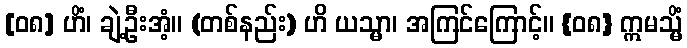
[၀၈] ဟိံ၊ ချဲ့ဦးအံ့။ (တစ်နည်း) ဟိ ယသ္မာ၊ အကြင်ကြောင့်။ {၀၈} ဣမသ္မိံ